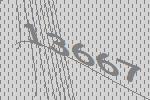
13667